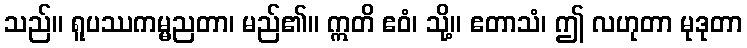
သည်။ ရူပဿကမ္မညတာ၊ မည်၏။ ဣတိ ဧဝံ၊ သို့။ ဧတာသံ၊ ဤ လဟုတာ မုဒုတာ